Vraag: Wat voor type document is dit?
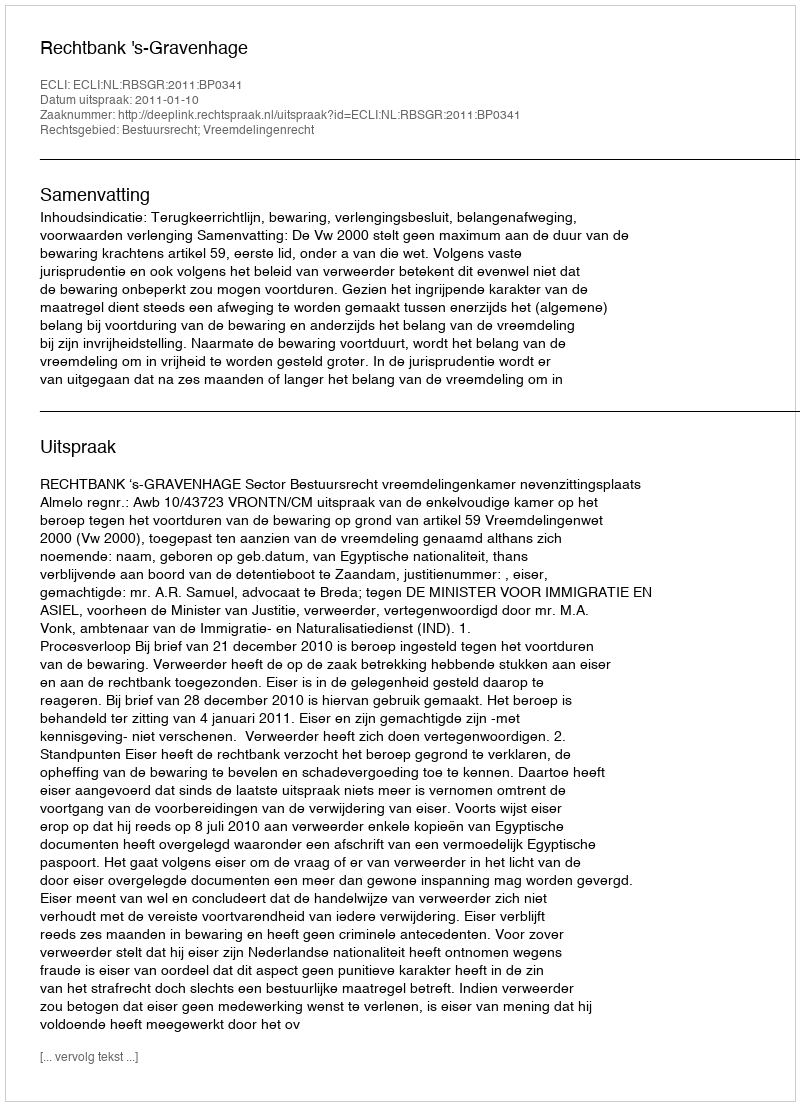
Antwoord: Uitspraak